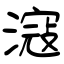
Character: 滱